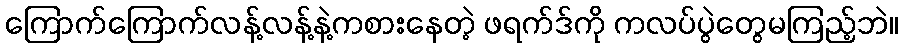
ကြောက်ကြောက်လန့်လန့်နဲ့ကစားနေတဲ့ ဖရက်ဒ်ကို ကလပ်ပွဲတွေမကြည့်ဘဲ။